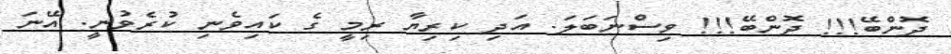
ދޮންބޭ!!! ދޮންބޭ!!! ވިސްނަބަލަ. އަދި ކިރިޔާ ރިމީ ގެ ކައިވެނި ކުރެވުނީ. އޭނަ